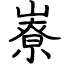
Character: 嶚